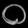
Digit: ၀